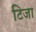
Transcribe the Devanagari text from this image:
टिजा